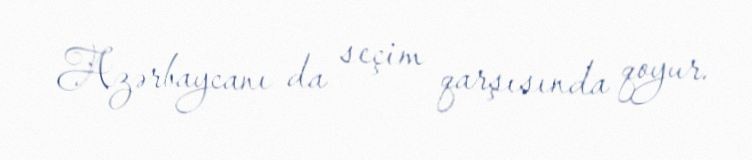
Azərbaycanı da seçim qarşısında qoyur.